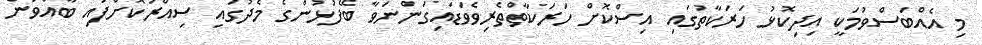
މި އެއްބަސްވުމަކީ އިދިިކޮޅު ހަރަކާތުގައި އިސްކޮށް ހަރަކާތްތެރިވެވަޑައިގަންނަވާ ބޭފުޅުންގެ މެދުގައި ސިއްރުކޮށްފައި ބާއްވަން